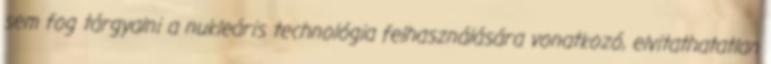
sem fog tárgyalni a nukleáris technológia felhasználására vonatkozó, elvitathatatlan